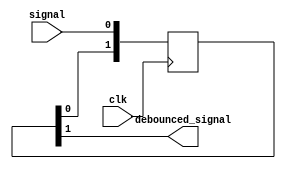
module debounce #(
  parameter DELAY = 1
) (
    input      clk,
    input      signal,
    output debounced_signal
);
  reg [DELAY:0] delayed_signal = 0;
  assign debounced_signal = delayed_signal[DELAY];
  always @(posedge clk) begin
    delayed_signal   <= {delayed_signal[DELAY-1:0], signal};
  end
endmodule